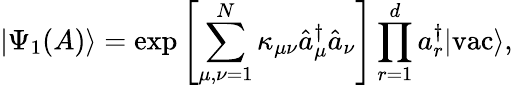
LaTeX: |\Psi_{1}(A)\rangle=\exp\left[\sum_{\mu,\nu=1}^{N}\kappa_{\mu\nu}\hat{a}_{\mu}^{\dagger}\hat{a}_{\nu}\right]\prod_{r=1}^{d}a_{r}^{\dagger}|\textrm{vac}\rangle,